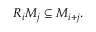
R _ { i } M _ { j } \subseteq M _ { i + j } .